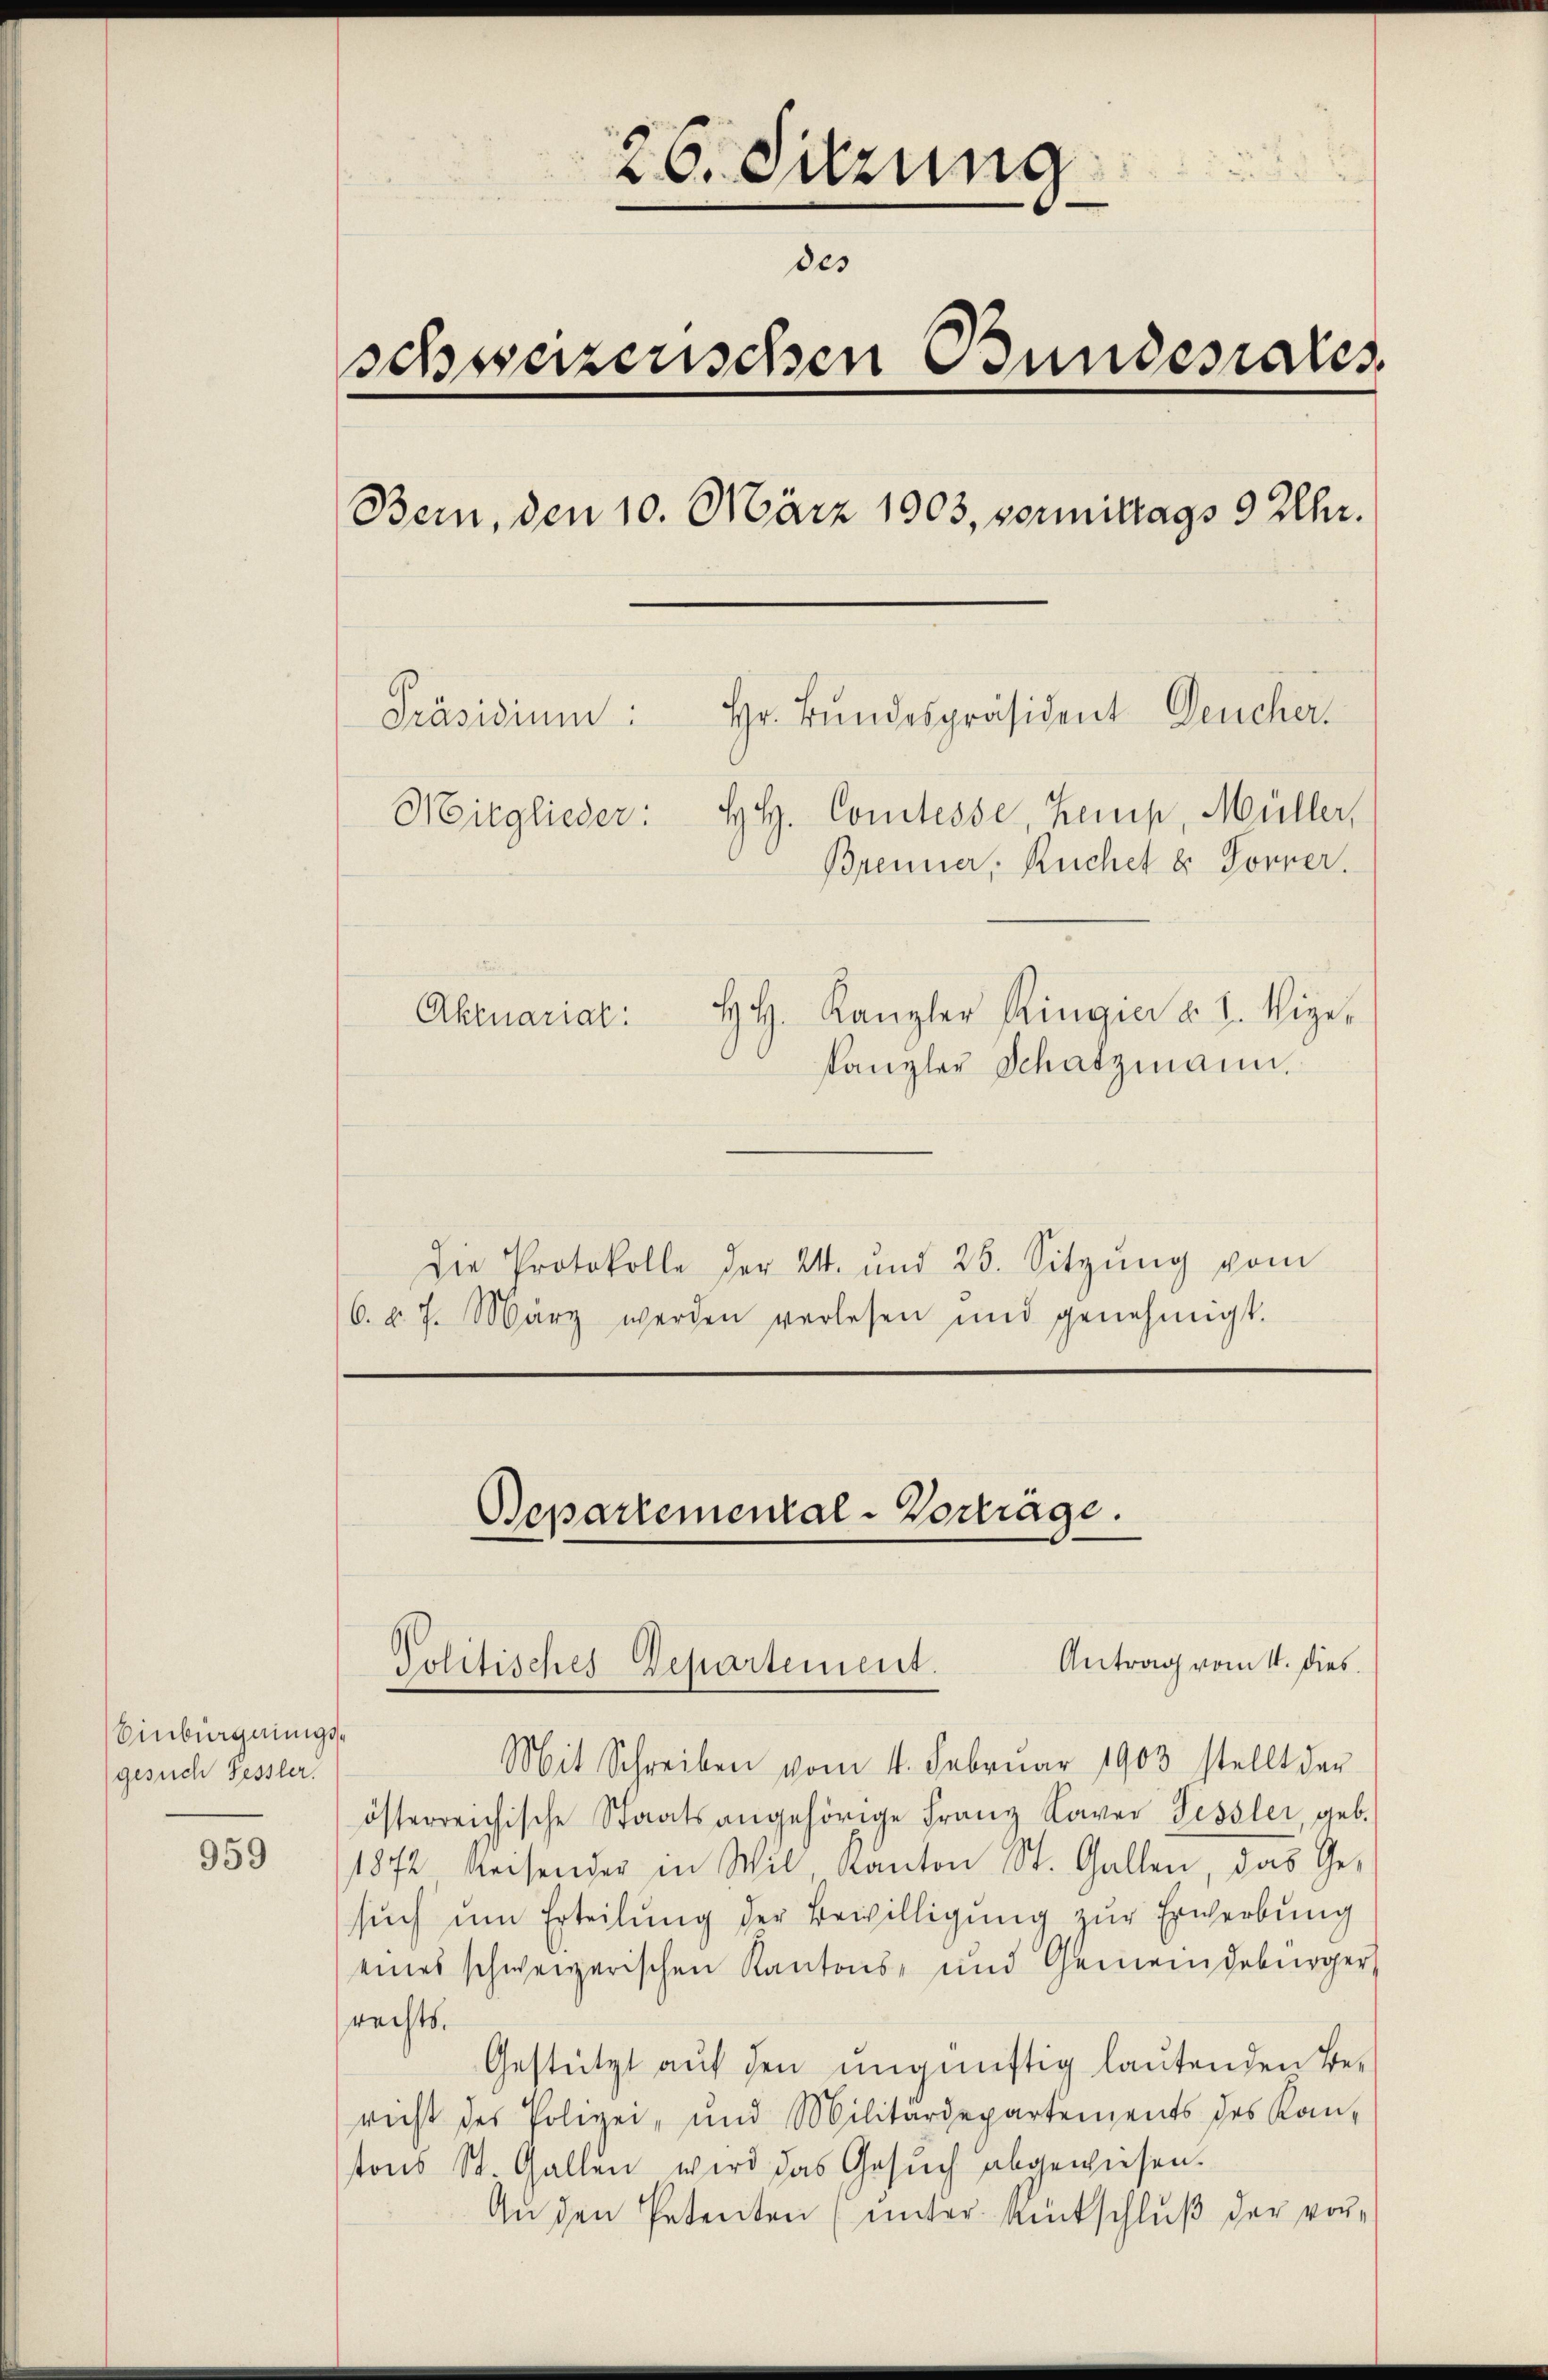
Einbürgerungsgesuch Fessler.

959

26. Sitzung
des
schweizerischen Bundesrates
Bern, den 10. März 1903, vormittags 9 Uhr.
Präsidium: Hr. Bŭndespräsident Deucher.
Mitglieder: HH. Comtesse, Kemp, Müller,
Brenner, Ruchel 8. Forrer.
HH. Kanzler Ringier §. 1. Vize-
Aktuarial

kanzler Schatzmann,
Die Protokolle der 24. und 25. Sitzŭng vom
6. v. J. März werden verlesen und genehmigt.

Bepartemental-Vorträge.
Antrag vom 1. dies
Politisches Departement.

Mit Schreiben vom 11. Februar 1903 stellt der
österreichische Staatsangehörige Franz Kaver Fessler, geb.
1872 Reisender in Wil, Kanton St. Gallen, das Ge-
sŭch ŭm Erteilŭng der Bewilligung zur Erwerbung
eines schweizerischen Kantons- und Gemeindebürger
rechts.
Gestützt auf den ungünftig lautenden Be-
richt des Polizei, und Militärdepartements des Kan-
tons St. Gallen wird das Gesuch abgewiesen.
An den Petenten (unter Amtschluß der vor¬